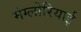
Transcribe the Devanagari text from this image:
मंग्लोरियाई